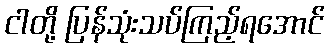
ငါတို့ ပြန်သုံးသပ်ကြည့်ရအောင်